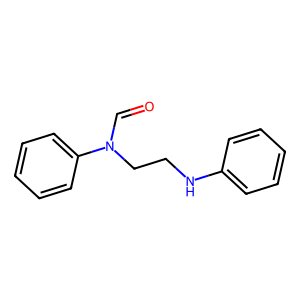
SMILES: O=CN(CCNc1ccccc1)c1ccccc1
Inhibits HIV replication: No